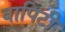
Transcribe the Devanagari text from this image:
वापिटी